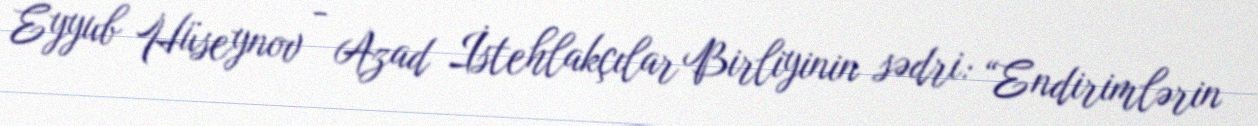
Eyyub Hüseynov - Azad İstehlakçılar Birliyinin sədri: “Endirimlərin